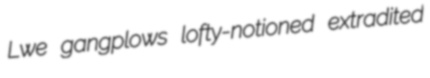
Lwe gangplows lofty-notioned extradited